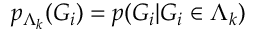
p _ { \Lambda _ { k } } ( G _ { i } ) = p ( G _ { i } | G _ { i } \in \Lambda _ { k } )